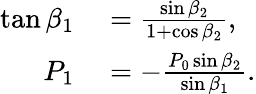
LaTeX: \begin{array}{rl}{\tan\beta_{1}}&{{}=\frac{\sin\beta_{2}}{1+\cos\beta_{2}},}\\ {P_{1}}&{{}=-\frac{P_{0}\sin\beta_{2}}{\sin\beta_{1}}.}\end{array}